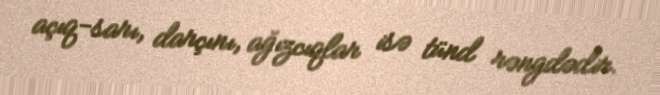
açıq-sarı, darçını, ağızcıqlar isə tünd rəngdədir.